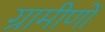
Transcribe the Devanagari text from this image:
ग्रामीणोँ